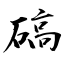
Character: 碻